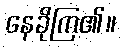
နေခိုကြ၏။